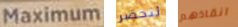
Maximum لنحضر انقاذهم